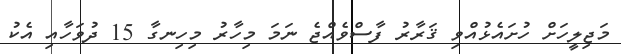
މަޖިލީހަށް ހުށައެޅުއްވި ޤަރާރު ފާސްވެއްޖެ ނަމަ މިހާރު މިހިނގާ 15 ދުވަހާއި އެކު